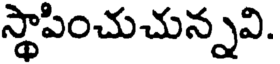
స్థాపించుచున్నవి.